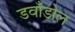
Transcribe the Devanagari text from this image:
डवाँडोल